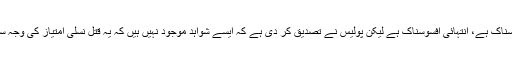
’’یہ واقعہ افسوسناک ہے، انتہائی افسوسناک ہے لیکن پولیس نے تصدیق کر دی ہے کہ ایسے شواہد موجود نہیں ہیں کہ یہ قتل نسلی امتیاز کی وجہ سے کیا گیا ہے۔